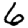
Digit: 6